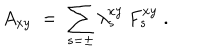
A _ { x y } \; = \; \sum _ { s = \pm } \lambda _ { s } ^ { x y } \: F _ { s } ^ { x y } \; .